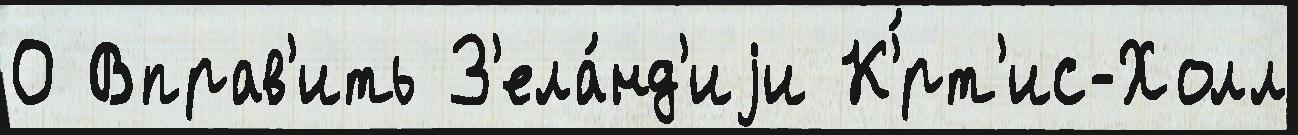
О Вправ'ить З'ела́нд'иjи К'́рт'ис-Холл